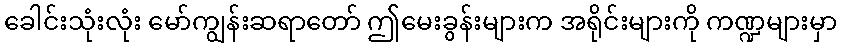
ခေါင်းသုံးလုံး မော်ကျွန်းဆရာတော် ဤမေးခွန်းများက အရိုင်းများကို ကဏ္ဍများမှာ